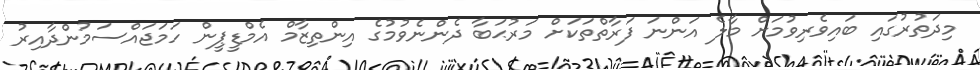
މިދަތުރުގައި ބައިވެރިވުމަށް މާލެ އަންނަ ފަރާތްތަކަށް މަރުޙަބާ ދެންނެވުމުގެ އިންތިޒާމް އެމްޑީޕީން ހަމަޖައްސަމުންދާއިރު